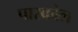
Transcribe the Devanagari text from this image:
पास्कोल